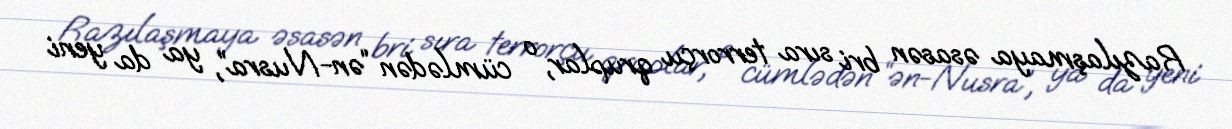
Razılaşmaya əsasən bri sıra terrorçu qruplar, o cümlədən “ən-Nusra”, ya da yeni